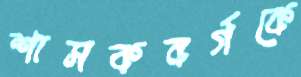
শাসকবর্গকে